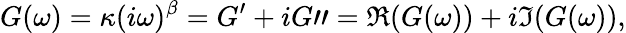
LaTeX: G(\omega)=\kappa(i\omega)^{\beta}=G^{\prime}+iG"=\Re(G(\omega))+i\Im(G(\omega)),